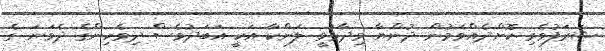
ޝަރަފުވެރި ކޮށްދެއްވަމުން ދުންޔާ ވިދާޅުވީ ލަންކާ އަކީ އަބަދުވެސް ދިވެހިންގެ ދެވަނަ ގެ